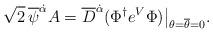
LaTeX: \begin{align*}\sqrt{2}\,\overline\psi^{\dot\alpha}A =\overline D^{\dot\alpha} (\Phi^\dagger e^V\Phi)\bigr|_{\theta=\overline\theta=0}.\end{align*}